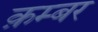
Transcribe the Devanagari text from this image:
क़म्बर